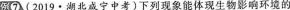
龊7 (2019·湖北咸宁中考)下列现象能体现生物影响环境的